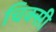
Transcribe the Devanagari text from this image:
चिक्सी